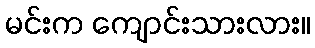
မင်းက ကျောင်းသားလား။